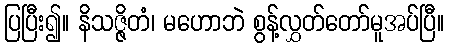
ပြပြီး၍။ နိသဇ္ဇိတံ၊ မဟောဘဲ စွန့်လွှတ်တော်မူအပ်ပြီ။